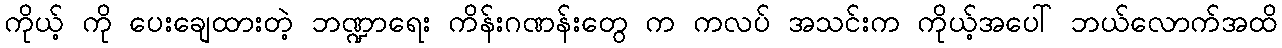
ကိုယ့် ကို ပေးချေထားတဲ့ ဘဏ္ဍာရေး ကိန်းဂဏန်းတွေ က ကလပ် အသင်းက ကိုယ့်အပေါ် ဘယ်လောက်အထိ